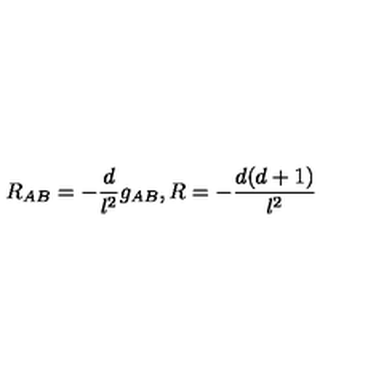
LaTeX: R _ { A B } = - \frac { d } { l ^ { 2 } } g _ { A B } , R = - \frac { d ( d + 1 ) } { l ^ { 2 } }